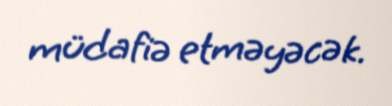
müdafiə etməyəcək.